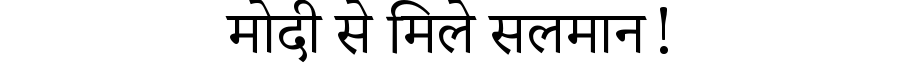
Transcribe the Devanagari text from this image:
मोदी से मिले सलमान!